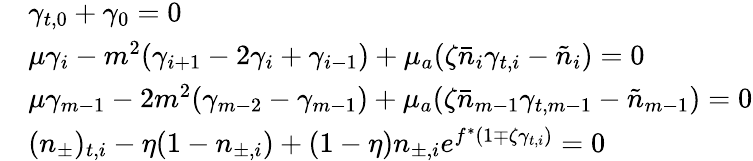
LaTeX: \begin{array}{rl}&{\gamma_{t,0}+\gamma_{0}=0}\\ &{\mu\gamma_{i}-m^{2}(\gamma_{i+1}-2\gamma_{i}+\gamma_{i-1})+\mu_{a}(\zeta\bar{n}_{i}\gamma_{t,i}-\tilde{n}_{i})=0}\\ &{\mu\gamma_{m-1}-2m^{2}(\gamma_{m-2}-\gamma_{m-1})+\mu_{a}(\zeta\bar{n}_{m-1}\gamma_{t,m-1}-\tilde{n}_{m-1})=0}\\ &{(n_{\pm})_{t,i}-\eta(1-n_{\pm,i})+(1-\eta)n_{\pm,i}e^{f^{\ast}(1\mp\zeta\gamma_{t,i})}=0}\end{array}